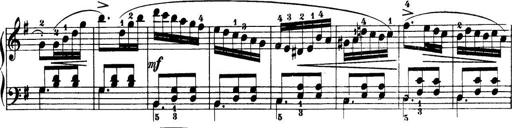
Title: 32 Sonatinas and Rondos for the Piano
Composer: Richard Kleinmichel